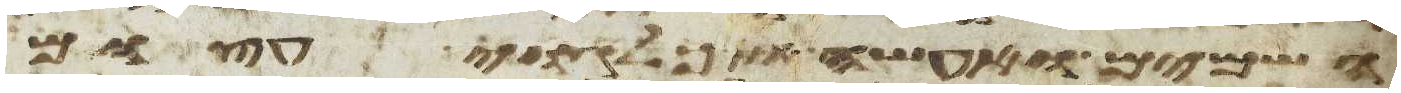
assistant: השמים ואעשה אתך לגוי עצום